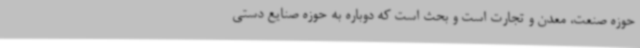
حوزه صنعت، معدن و تجارت است و بحث است که دوباره به حوزه صنایع دستی